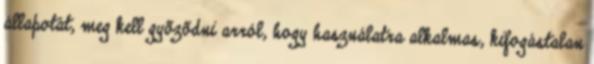
állapotát, meg kell gyõzõdni arról, hogy használatra alkalmas, kifogástalan